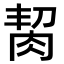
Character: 𦚨